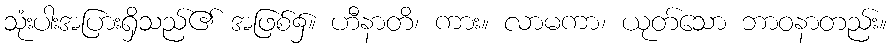
သုံးပါးအပြားရှိသည်၏ အဖြစ်၌။ ဟီနာတိ၊ ကား။ လာမကာ၊ ယုတ်သော ဘာဝနာတည်း။